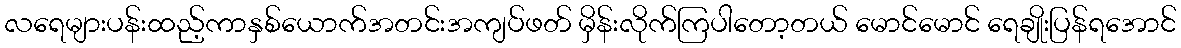
လရေများပန်းထည့်ကာနှစ်ယောက်အတင်းအကျပ်ဖတ် မှိန်းလိုက်ကြပါတော့တယ် မောင်မောင် ရေချိုးပြန်ရအောင်